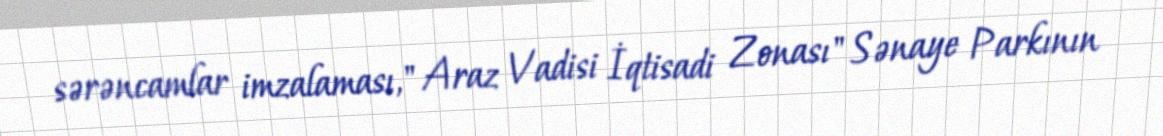
sərəncamlar imzalaması," Araz Vadisi İqtisadi Zonası" Sənaye Parkının